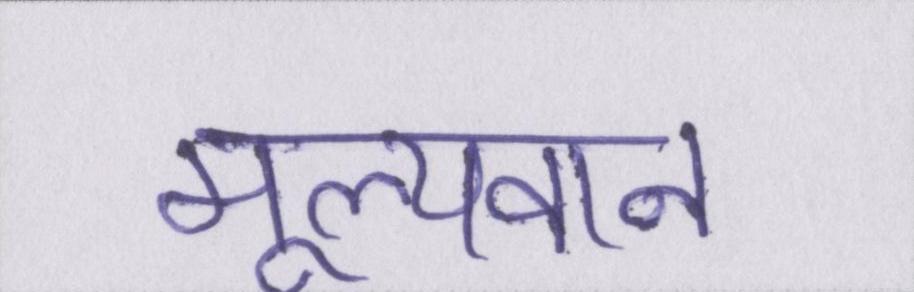
मूल्यवान